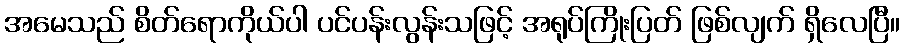
အမေသည် စိတ်ရောကိုယ်ပါ ပင်ပန်းလွန်းသဖြင့် အရုပ်ကြိုးပြတ် ဖြစ်လျက် ရှိလေပြီ။